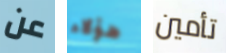
عن هؤلاء تأمين